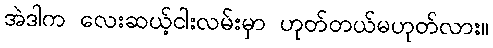
အဲဒါက လေးဆယ့်ငါးလမ်းမှာ ဟုတ်တယ်မဟုတ်လား။